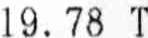
19.78 T